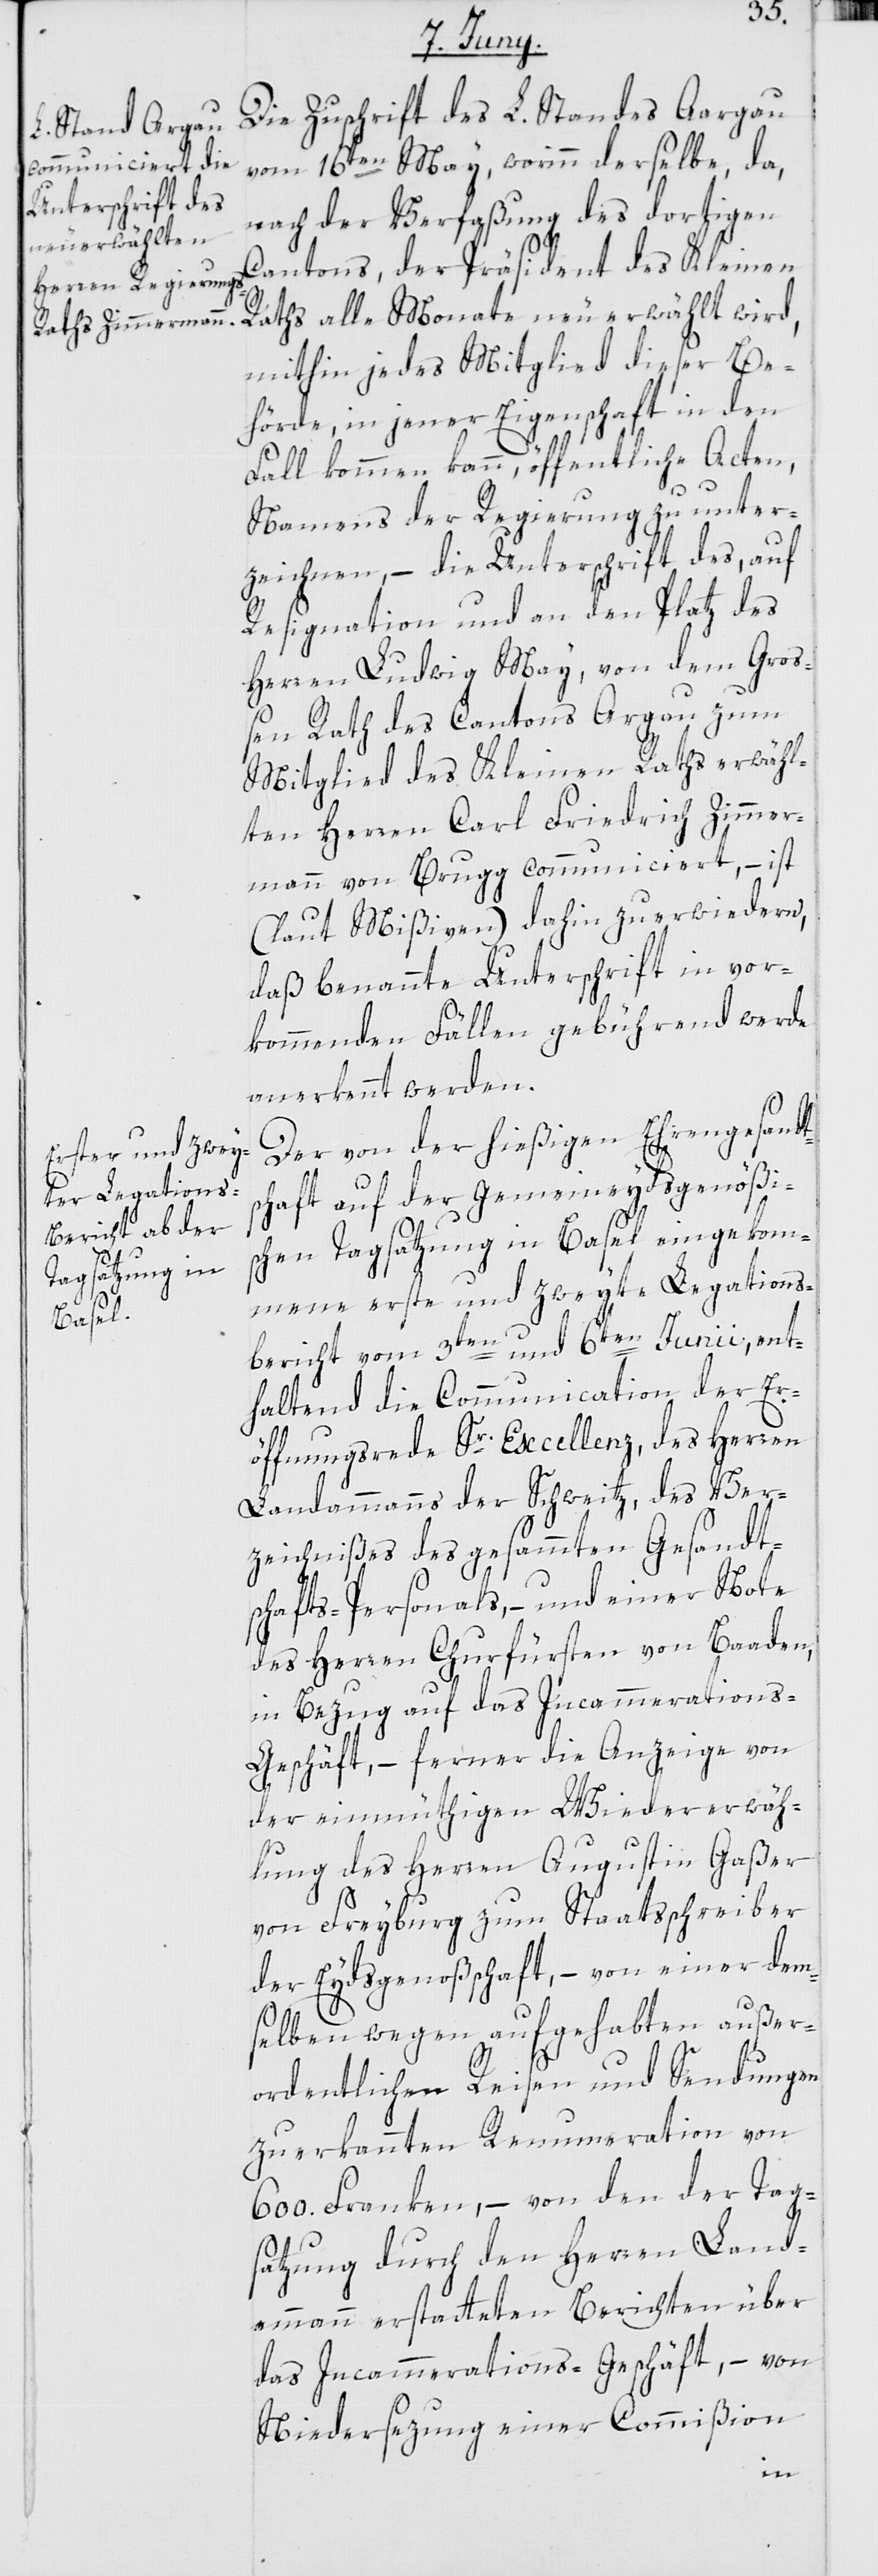
vom 16ten May, worinn derselbe, da,
Zuschrift des
nach der Verfaßung des dortigen
Cantons, der Präsident des Kleinen
Raths alle Monate neu erwählt wird,
mithin jedes Mitglied dieser Be¬
hörde, in jener Eigenschaft in den
Fall kommen kann, öffentliche Acten,
Namens der Regierung zu unter¬
zeichnen, – die Unterschrift des, auf
Resignation und an den Platz des
Herren Ludwig May, von dem Gro¬
ßen Rath des Cantons Argau zum
Mitglied des Kleinen Raths erwähl¬
ten Herren Carl Friedrich Zimmer¬
mann von Brugg communiciert, – ist
(laut Mißiven) dahin zu erwidern,
daß benannte Unterschrift in vor¬
kommenden Fällen gebührend werde
anerkennt werden.
Der von der hießigen Ehrengesandts¬
chaft auf der Gemeineydsgenößi¬
schen Tagsatzung in Basel eingekom¬
mene erste und zweyte Legations¬
bericht vom 3ten und 6ten Junii, ent¬
haltend die Communication der Er¬
öffnungsrede Sr Excellenz des Herren
Landammanns der Schweitz, des Ver¬
zeichnißes des gesammten Gesandt¬
schafts-Personals, – und einer Note
des Herren Churfürsten von Baaden,
in Bezug auf das Incammeration¬
s-Geschäft, – ferner die Anzeige von
der einmüthigen Wiedererwäh¬
lung des Herren Augustin Gaßer
L.
von Freyburg zum Staatsschreiber
der Eidsgenoßenschaft, – von einer dem¬
selben wegen aufgehabten außer¬
ordentlichen Reisen und Sendungen
zuerkannten Renumeration von
600. Franken, – von den der Tag¬
satzung durch den Herren Land¬
ammann erstatteten Berichten über
das Incammerations-Geschäft, – von
Niedersezung einer Commißion
Die